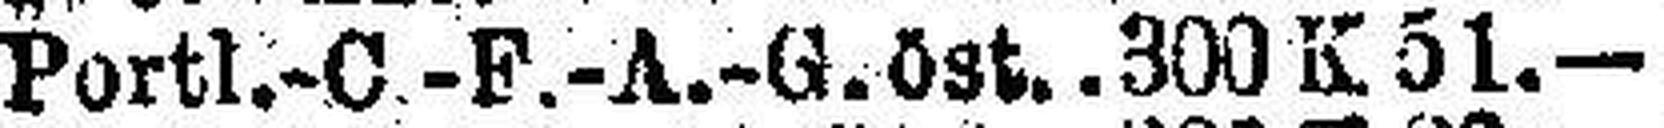
Portl.-C.-F.-A.-G. öst. 300 K 51.—